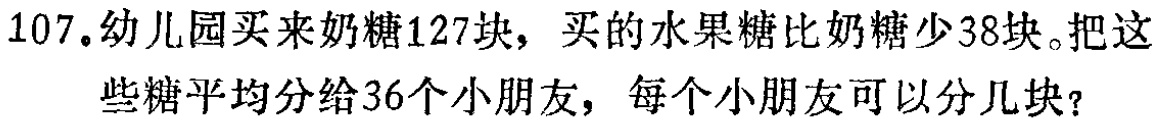
107.幼儿园买来奶糖127块，买的水果糖比奶糖少38块。把这些糖平均分给36个小朋友，每个小朋友可以分几块？